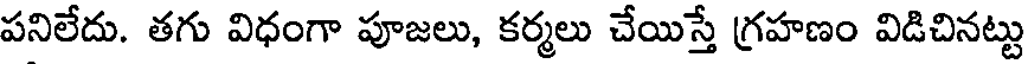
పనిలేదు. తగు విధంగా పూజలు, కర్మలు చేయిస్తే గ్రహణం విడిచినట్టు